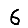
Digit: 6